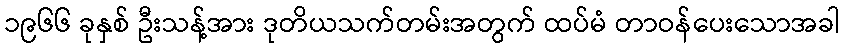
၁၉၆၆ ခုနှစ် ဦးသန့်အား ဒုတိယသက်တမ်းအတွက် ထပ်မံ တာဝန်ပေးသောအခါ